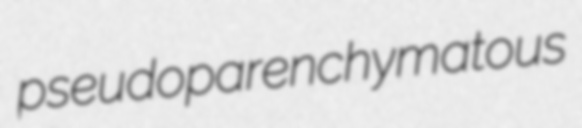
pseudoparenchymatous